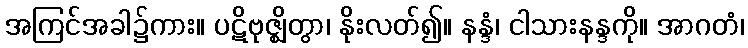
အကြင်အခါ၌ကား။ ပဋိဗုဇ္ဈိတွာ၊ နိုးလတ်၍။ နန္ဒံ၊ ငါသားနန္ဒကို။ အာဂတံ၊